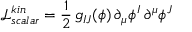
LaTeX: \mathcal { L } _ { s c a l a r } ^ { k i n } = \frac { 1 } { 2 } \, g _ { I J } ( \phi ) \, \partial _ { \mu } \phi ^ { I } \, \partial ^ { \mu } \phi ^ { J }